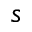
s